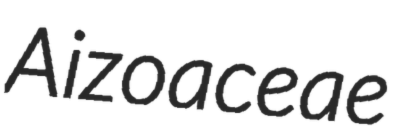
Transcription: Aizoaceae